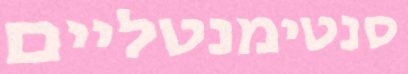
סנטימנטליים